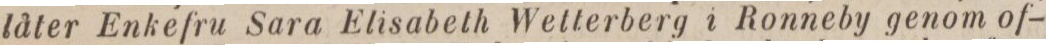
låter Enkefru Sara Elisabeth Wetterberg i Ronneby genom of-